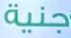
جنية